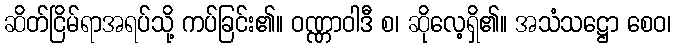
ဆိတ်ငြိမ်ရာအရပ်သို့ ကပ်ခြင်း၏။ ဝဏ္ဏာဝါဒီ စ၊ ဆိုလေ့ရှိ၏။ အသံသဋ္ဌော စေဝ၊